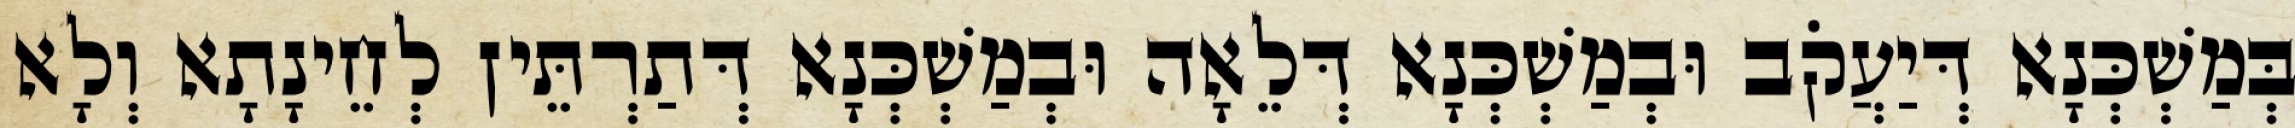
בְּמַשְׁכְּנָא דְּיַעֲקֹב וּבְמַשְׁכְּנָא דְּלֵאָה וּבְמַשְׁכְּנָא דְּתַרְתֵּין לְחֵינָתָא וְלָא